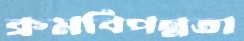
ক্রমবিপন্নতা